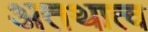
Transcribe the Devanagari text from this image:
अतथात्व